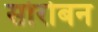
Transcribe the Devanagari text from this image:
सोरोबन